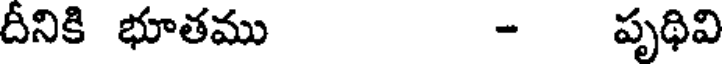
దీనికి భూతము - పృథివి